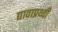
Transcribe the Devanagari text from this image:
द्यावाप्रथ्वी